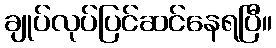
ချုပ်လုပ်ပြင်ဆင်နေရပြီ။